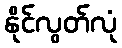
နိုင်လွတ်လုံ